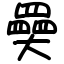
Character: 奰